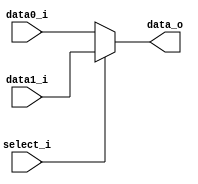
//Subject:     CO project 2 - MUX 221
//--------------------------------------------------------------------------------
//Version:     1
//--------------------------------------------------------------------------------
//Writer:      Luke
//----------------------------------------------
//----------------------------------------------
//Description:
//--------------------------------------------------------------------------------

module MUX_2to1(
               data0_i,
               data1_i,
               select_i,
               data_o
               );

parameter size = 0;

//I/O ports
input   [size-1:0] data0_i;
input   [size-1:0] data1_i;
input              select_i;
output  [size-1:0] data_o;

//Internal Signals
reg     [size-1:0] data_o;

//Main function

always@(*) begin
    data_o <= select_i ? data1_i : data0_i;
end

endmodule